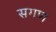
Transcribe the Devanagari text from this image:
सगण